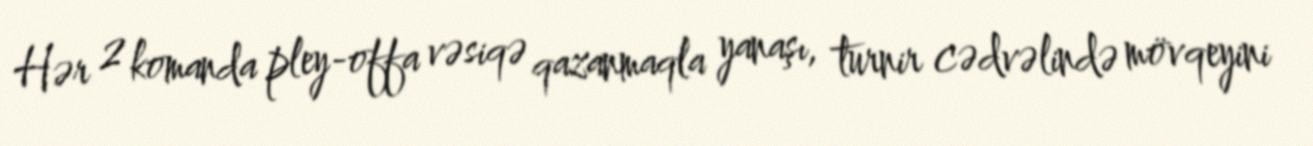
Hər 2 komanda pley-offa vəsiqə qazanmaqla yanaşı, turnir cədvəlində mövqeyini